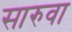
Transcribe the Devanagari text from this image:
सारुवा